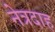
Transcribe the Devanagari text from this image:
नेत्रदाह